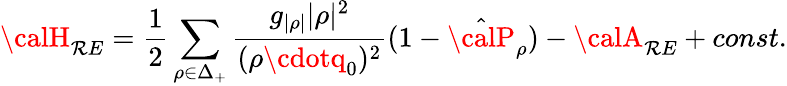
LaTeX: {\calH}_{\mathcal{R}E}={\frac{{1}}{{2}}}\sum_{\rho\in\Delta_{+}}{\frac{{g_{|\rho|}|\rho|^{2}}}{{(\rho\cdotq_{0})^{2}}}}(1-\hat{{\calP}}_{\rho})-{\calA}_{\mathcal{R}E}+const.